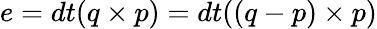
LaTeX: e=dt(q\times p)=dt((q-p)\times p)